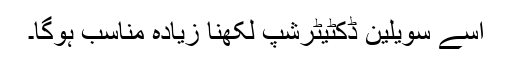
اسے سویلین ڈکٹیٹرشپ لکھنا زیادہ مناسب ہوگا۔